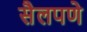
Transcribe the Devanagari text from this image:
सैलपणे